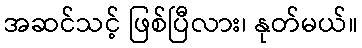
အဆင်သင့် ဖြစ်ပြီလား၊ နုတ်မယ်။